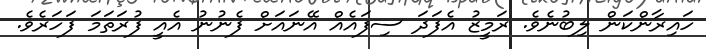
ހައިރާންކަން ލިބުނެވެ. ރަމީޒު އެފަދަ ސިފައެއް އޭނައަށް ފެނުނު އެއީ ފުރަތަމަ ފަހަރެވެ.